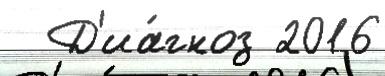
  Д'иа́гноз 2016